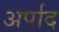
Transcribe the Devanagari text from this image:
अर्पाद